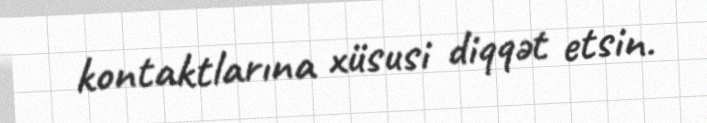
kontaktlarına xüsusi diqqət etsin.